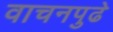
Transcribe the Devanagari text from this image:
वाचनपुढे